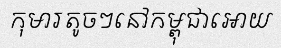
កុមារតូចៗនៅកម្ពុជាអោយ